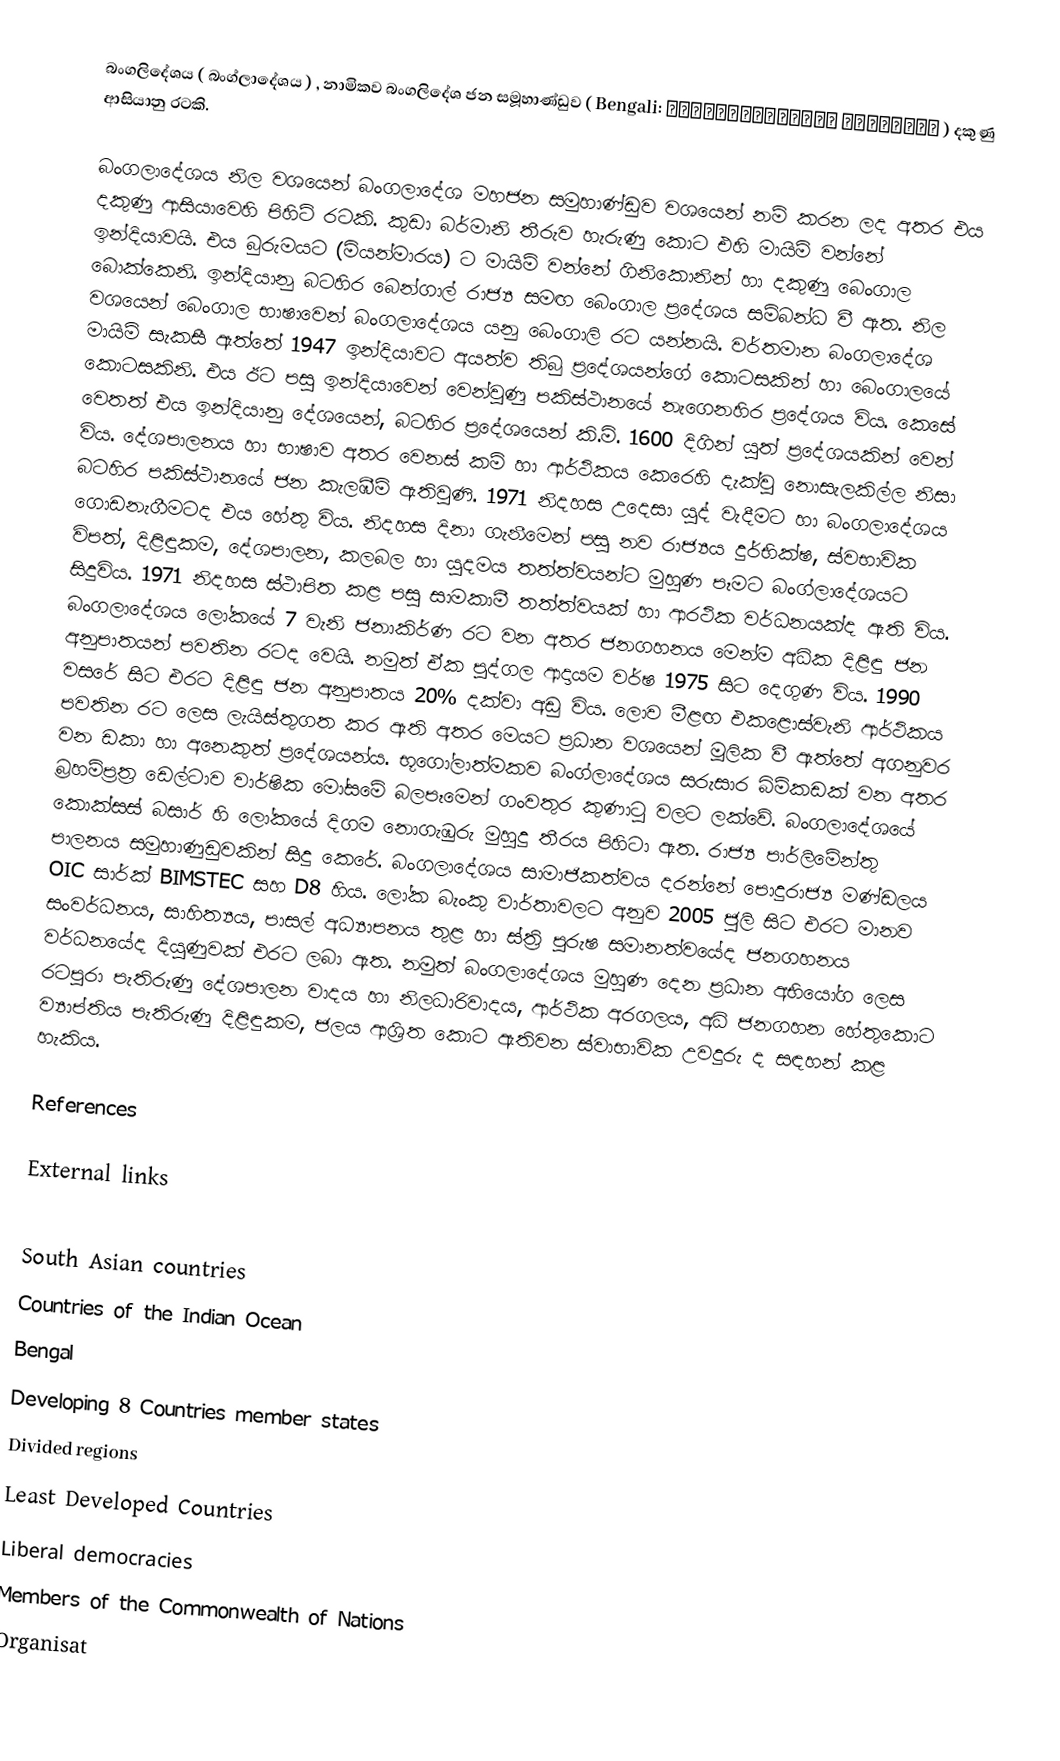
බංගලිදේශය  ( බංග්ලාදේශය ) , නාමිකව  බංගලිදේශ ජන සමූහාණ්ඩුව  ( Bengali: গণপ্রজাতন্ত্রী বাংলাদেশ  )  දකුණු ආසියානු රටකි.

බංගලාදේශය නිල වශයෙන් බංගලාදේශ මහජන සමුහාණ්ඩුව වශයෙන් නම් කරන ලද අතර එය දකුණු ආසියාවෙහි පිහිටි රටකි. කුඩා බර්මානි තීරුව හැරුණු කොට එහි මායිම් වන්නේ ඉන්දියාවයි. එය බුරුමයට (මියන්මාරය) ට මායිම් වන්නේ ගිනිකොනින් හා දකුණු බෙංගාල බොක්කෙනි. ඉන්දියානු බටහිර බෙන්ගාල් රාජ්‍ය සමඟ බෙංගාල ප්‍රදේශය සම්බන්ධ වී ඇත. නිල වශයෙන් බෙංගාල භාෂාවෙන් බංගලාදේශය යනු බෙංගාලි රට යන්නයි. වර්තමාන බංගලාදේශ මායිම් සැකසී ඇත්තේ 1947 ඉන්දියාවට අයත්ව තිබු ප්‍රදේශයන්ගේ කොටසකින් හා බෙංගාලයේ කොටසකිනි. එය ඊට පසු  ඉන්දියාවෙන් වෙන්වුණු පකිස්ථානයේ නැගෙනහිර ප්‍රදේශය විය. කෙසේ වෙතත් එය ඉන්දියානු දේශයෙන්, බටහිර ප්‍රදේශයෙන් කි.මි. 1600 දිගින් යුත් ප්‍රදේශයකින් වෙන් විය. දේශපාලනය හා භාෂාව අතර වෙනස් කම් හා ආර්ථිකය කෙරෙහි දැක්වු නොසැලකිල්ල නිසා බටහිර පකිස්ථානයේ ජන කැලඹීම් ඇතිවුණි. 1971 නිදහස උදෙසා යුද් වැදීමට හා බංගලාදේශය ගොඩනැගීමටද එය හේතු විය. නිදහස  දිනා ගැනීමෙන් පසු නව රාජ්‍යය දුර්භික්ෂ, ස්වභාවික විපත්, දිළිඳුකම, දේශපාලන, කලබල හා යුදමය  තත්ත්වයන්ට මුහුණ පෑමට බංග්ලාදේශයට සිදුවිය. 1971 නිදහස ස්ථාපිත කළ පසු සාමකාමී තත්ත්වයක් හා ආරථික වර්ධනයක්ද ඇති විය. බංගලාදේශය ලෝකයේ 7 වැනි ජනාකිර්ණ රට වන අතර ජනගහනය මෙන්ම අධික දිළිඳු ජන අනුපාතයන් පවතින රටද වෙයි. නමුත් ඒක පුද්ගල ආදායම වර්ෂ 1975 සිට දෙගුණ විය. 1990 වසරේ සිට  එරට දිළිඳු  ජන අනුපාතය 20% දක්වා අඩු විය. ලොව මීළඟ එකළොස්වැනි ආර්ථිකය පවතින රට ලෙස ලැයිස්තුගත කර ඇති අතර මෙයට ප්‍රධාන වශයෙන් මූලික වී ඇත්තේ අගනුවර වන ඩකා හා අනෙකුත් ප්‍රදේශයන්ය. භූගෝලාත්මකව බංග්ලාදේශය සරුසාර බිම්කඩක් වන අතර බ්‍රහම්ප්‍රත්‍ර ඩෙල්ටාව වාර්ෂික මෝසමේ බලපෑමෙන් ගංවතුර කුණාටු වලට ලක්වේ. බංගලාදේශයේ කොක්සස් බසාර් හි ලෝකයේ දිගම නොගැඹුරු මුහුදු තීරය පිහිටා ඇත. රාජ්‍ය පාර්ලිමේන්තු පාලනය සමුහාණුඩුවකින් සිදු කෙරේ. බංග‍ලාදේශය සාමාජිකත්වය දරන්නේ පොදුරාජ්‍ය මණ්ඩලය OIC සාර්ක් BIMSTEC  සහ D8 හිය. ලෝක බැංකු වාර්තාවලට අනුව 2005 ජුලි සිට එරට මානව සංවර්ධනය, සාහිත්‍යය, පාසල් අධ්‍යාපනය තුළ  හා ස්ත්‍රි පුරුෂ සමානත්වයේද ජනගහනය වර්ධනයේද දියුණුවක් එරට ලබා ඇත. නමුත් බංගලාදේශය මුහුණ දෙන ප්‍රධාන අභියෝග ලෙස රටපුරා පැතිරුණු දේශපාලන වාදය හා නිලධාරිවාදය, ආර්ථික අරගලය, අධි ජනගහන හේතුකොට ව්‍යාප්තිය පැතිරුණු දිළිඳුකම, ජලය ආශ්‍රිත  කොට ඇතිවන ස්වාභාවික උවදුරු ද සඳහන් කළ හැකිය.

References

External links

South Asian countries
Countries of the Indian Ocean
Bengal
Developing 8 Countries member states
Divided regions
Least Developed Countries
Liberal democracies
Members of the Commonwealth of Nations
Organisat